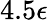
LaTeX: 4.5\epsilon